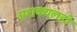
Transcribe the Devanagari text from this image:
अशक्यलही